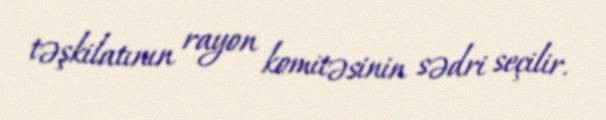
təşkilatının rayon komitəsinin sədri seçilir.